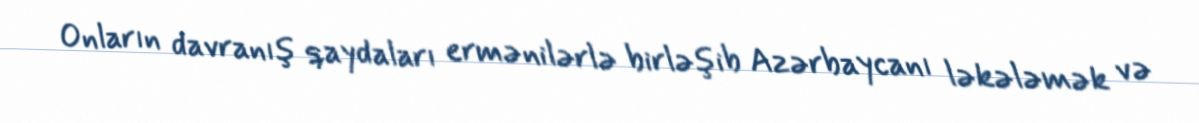
Onların davranış qaydaları ermənilərlə birləşib Azərbaycanı ləkələmək və